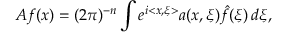
A f ( x ) = ( 2 \pi ) ^ { - n } \int e ^ { i < x , \xi > } a ( x , \xi ) \hat { f } ( \xi ) \, d \xi ,